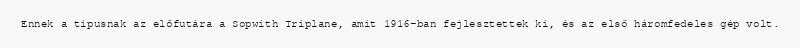
Ennek a típusnak az előfutára a Sopwith Triplane, amit 1916-ban fejlesztettek ki, és az első háromfedeles gép volt.